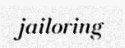
jailoring